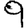
Digit: 9